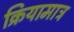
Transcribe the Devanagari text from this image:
क्रियामात्र